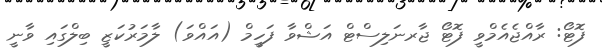
ފޮޓޯ: ރާއްޖެއެމްވީ ފޮޓޯ ޖާރނަލިސްޓް އަޝްވާ ފަހީމް (އައްވަ) ލާމަރުކަޒީ ބިލްގައި ވާނީ